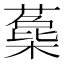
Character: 𣛳